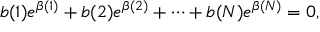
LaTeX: b ( 1 ) e ^ { \beta ( 1 ) } + b ( 2 ) e ^ { \beta ( 2 ) } + \cdots + b ( N ) e ^ { \beta ( N ) } = 0 ,